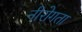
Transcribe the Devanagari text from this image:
नीरोगता